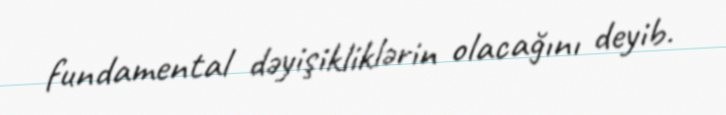
fundamental dəyişikliklərin olacağını deyib.